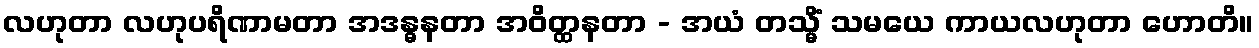
လဟုတာ လဟုပရိဏာမတာ အဒန္ဓနတာ အဝိတ္ထနတာ - အယံ တသ္မိံ သမယေ ကာယလဟုတာ ဟောတိ။